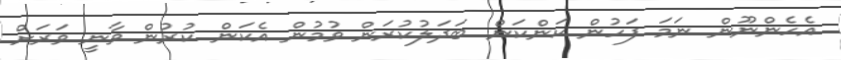
އެހެންނޫން ނަމަ ފަހުން ކަންކަން ބަދަލުކުރަން ވުމުން އެކަން ކުރުން ވާނީ ވަރަށް